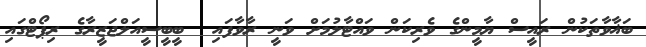
ބަޣާވާތަކުން ރައީސް ޔާމީންގެ ވެރިކަން ވައްޓާލުމަށް ވަނީ ރާވާފައި  ބީބީސީއަލްޖަޒީރާގެ ރިޕޯޓްގައި